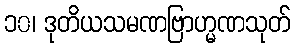
၁၀၊ ဒုတိယသမဏဗြာဟ္မဏသုတ်